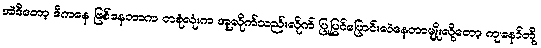
အဲဒီတော့ ဒီကနေ ဖြစ်နေတာက တစုံလုံးက အူလိုက်သည်းလိုက် ပြုပြင်ပြောင်းလဲနေတာမျိုးလို့တော့ ကျနော်တို့